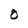
Character: O